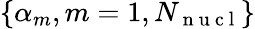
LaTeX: \{ \alpha_{m},m=1,N_{\mathrm{~n~u~c~l~}}\}